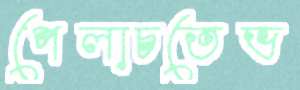
পেলাচতেভ